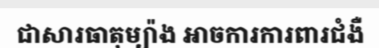
ជាសារធាតុម្យ៉ាង អាចការការពារជំងឺ